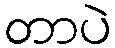
တာပဲ